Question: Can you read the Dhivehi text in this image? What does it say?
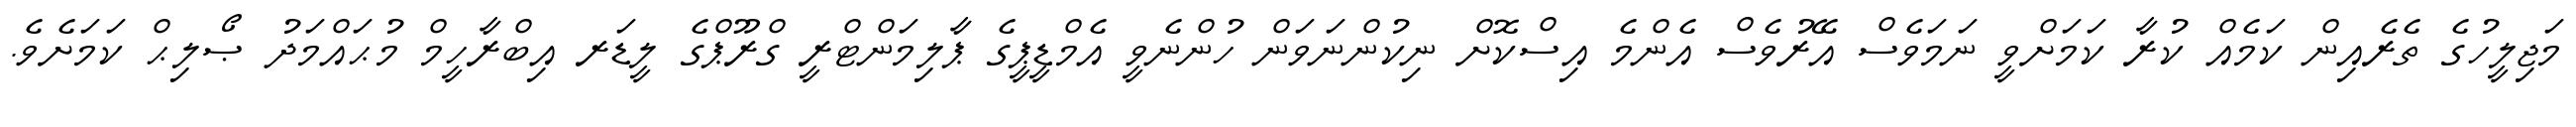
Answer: މަޖިލީހުގެ ތެރެއިން ކަމެއް ކުރާ ކަމަށްވީ ނަމަވެސް އޭރުވެސް އެންމެ އިސްކޮށް ނިކުންނަވަން ހުންނެވީ އެމްޑީޕީގެ ޕާލިމަންޓްރީ ގްރޫޕްގެ ލީޑަރ އިބްރާހީމް މުޙައްމަދު ޞޯލިޙް ކަމަށެވެ.